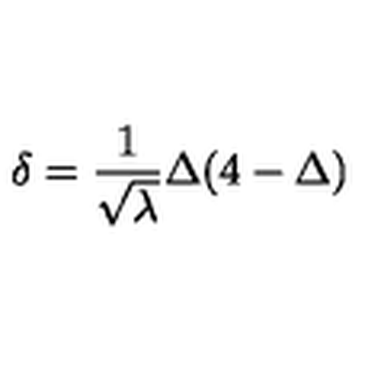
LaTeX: \delta = \frac { 1 } { \sqrt { \lambda } } \Delta ( 4 - \Delta )